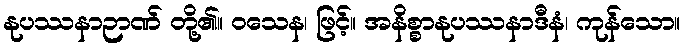
နုပဿနာဉာဏ် တို့၏။ ဝသေန၊ ဖြင့်။ အနိစ္စာနုပဿနာဒီနံ၊ ကုန်သော။